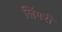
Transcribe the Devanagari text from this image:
लिंगरी